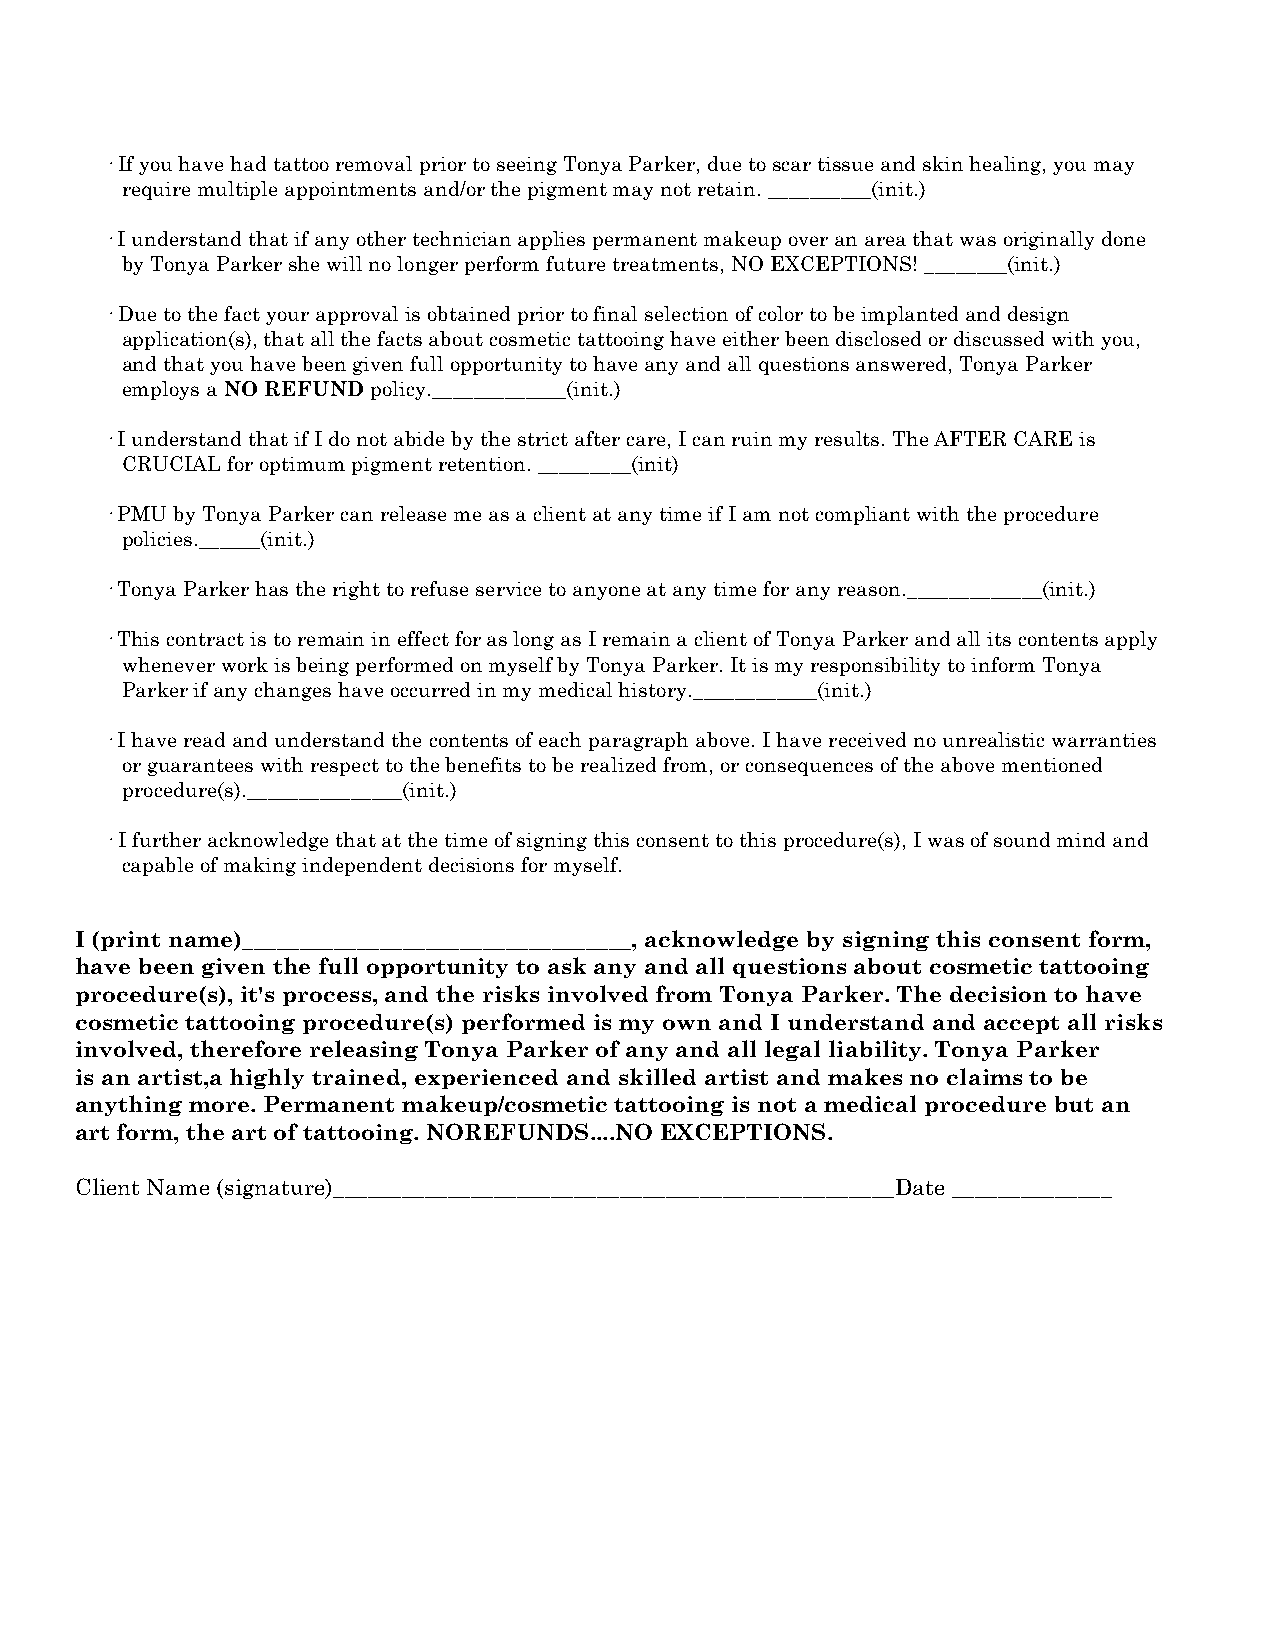
· If you have had tattoo removal prior to seeing Tonya Parker, due to scar tissue and skin healing, you may
 require multiple appointments and/or the pigment may not retain. __________(init.)
 · I understand that if any other technician applies permanent makeup over an area that was originally done
 by Tonya Parker she will no longer perform future treatments, NO EXCEPTIONS! ________(init.)
 · Due to the fact your approval is obtained prior to final selection of color to be implanted and design
 application(s), that all the facts about cosmetic tattooing have either been disclosed or discussed with you,
 and that you have been given full opportunity to have any and all questions answered, Tonya Parker
 employs a NO REFUND policy._____________(init.)
 · I understand that if I do not abide by the strict after care, I can ruin my results. The AFTER CARE is
 CRUCIAL for optimum pigment retention. _________(init)
 · PMU by Tonya Parker can release me as a client at any time if I am not compliant with the procedure
 policies.______(init.)
 · Tonya Parker has the right to refuse service to anyone at any time for any reason._____________(init.)
 · This contract is to remain in effect for as long as I remain a client of Tonya Parker and all its contents apply
 whenever work is being performed on myself by Tonya Parker. It is my responsibility to inform Tonya
 Parker if any changes have occurred in my medical history.____________(init.)
 · I have read and understand the contents of each paragraph above. I have received no unrealistic warranties
 or guarantees with respect to the benefits to be realized from, or consequences of the above mentioned
 procedure(s)._______________(init.)
 · I further acknowledge that at the time of signing this consent to this procedure(s), I was of sound mind and
 capable of making independent decisions for myself.
 I (print name)__________________________________, acknowledge by signing this consent form,
 have been given the full opportunity to ask any and all questions about cosmetic tattooing
 procedure(s), it's process, and the risks involved from Tonya Parker. The decision to have
 cosmetic tattooing procedure(s) performed is my own and I understand and accept all risks
 involved, therefore releasing Tonya Parker of any and all legal liability. Tonya Parker
 is an artist,a highly trained, experienced and skilled artist and makes no claims to be
 anything more. Permanent makeup/cosmetic tattooing is not a medical procedure but an
 art form, the art of tattooing. NOREFUNDS....NO EXCEPTIONS.
 Client Name (signature)_________________________________________________Date ______________